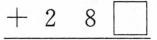
\underline{+2 8 \Box}